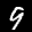
Label: 9